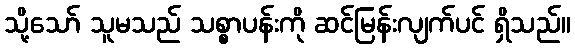
သို့သော် သူမသည် သစ္စာပန်းကို ဆင်မြန်းလျက်ပင် ရှိသည်။